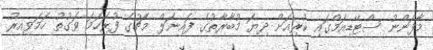
މާފަންނު ސްޓޭޑިއަމްގައި ކުރިއަށް ދިޔަ މުބާރާތުގެ ފައިނަލް މެޗުގެ ފުރިަހަމަ ވަގުތު ހަމަވިއިރު